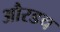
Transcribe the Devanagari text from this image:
औरडच